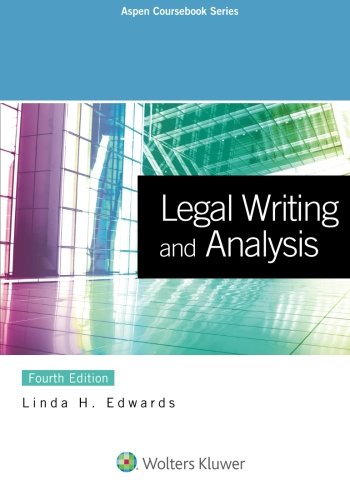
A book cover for Legal Writing and Analysis (Aspen Coursebook); Linda H. Edwards; Law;